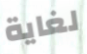
لغاية